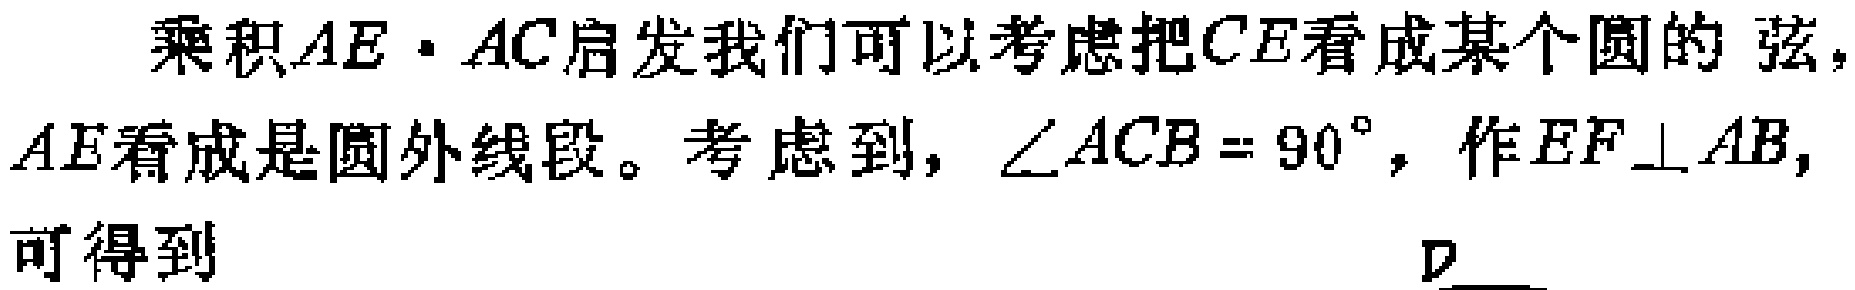
乘积\(AE\cdot AC\)启发我们可以考虑把\(CE\)看成某个圆的 弦，\(AE\)看成是圆外线段。考虑到，\(\angle ACB = 90^{\circ}\)，作\(EF\perp AB\)，可得到  。